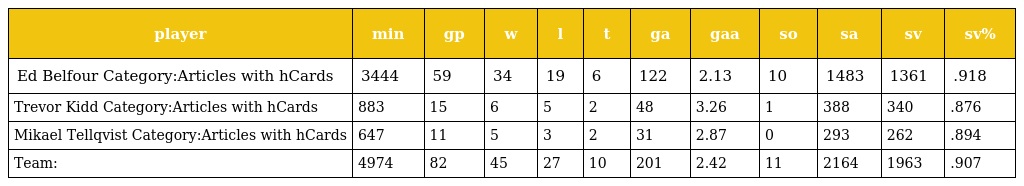
| player | min | gp | w | l | t | ga | gaa | so | sa | sv | sv% |
 | --- | --- | --- | --- | --- | --- | --- | --- | --- | --- | --- | --- |
 | Ed Belfour Category:Articles with hCards | 3444 | 59 | 34 | 19 | 6 | 122 | 2.13 | 10 | 1483 | 1361 | .918 |
 | Trevor Kidd Category:Articles with hCards | 883 | 15 | 6 | 5 | 2 | 48 | 3.26 | 1 | 388 | 340 | .876 |
 | Mikael Tellqvist Category:Articles with hCards | 647 | 11 | 5 | 3 | 2 | 31 | 2.87 | 0 | 293 | 262 | .894 |
 | Team: | 4974 | 82 | 45 | 27 | 10 | 201 | 2.42 | 11 | 2164 | 1963 | .907 |